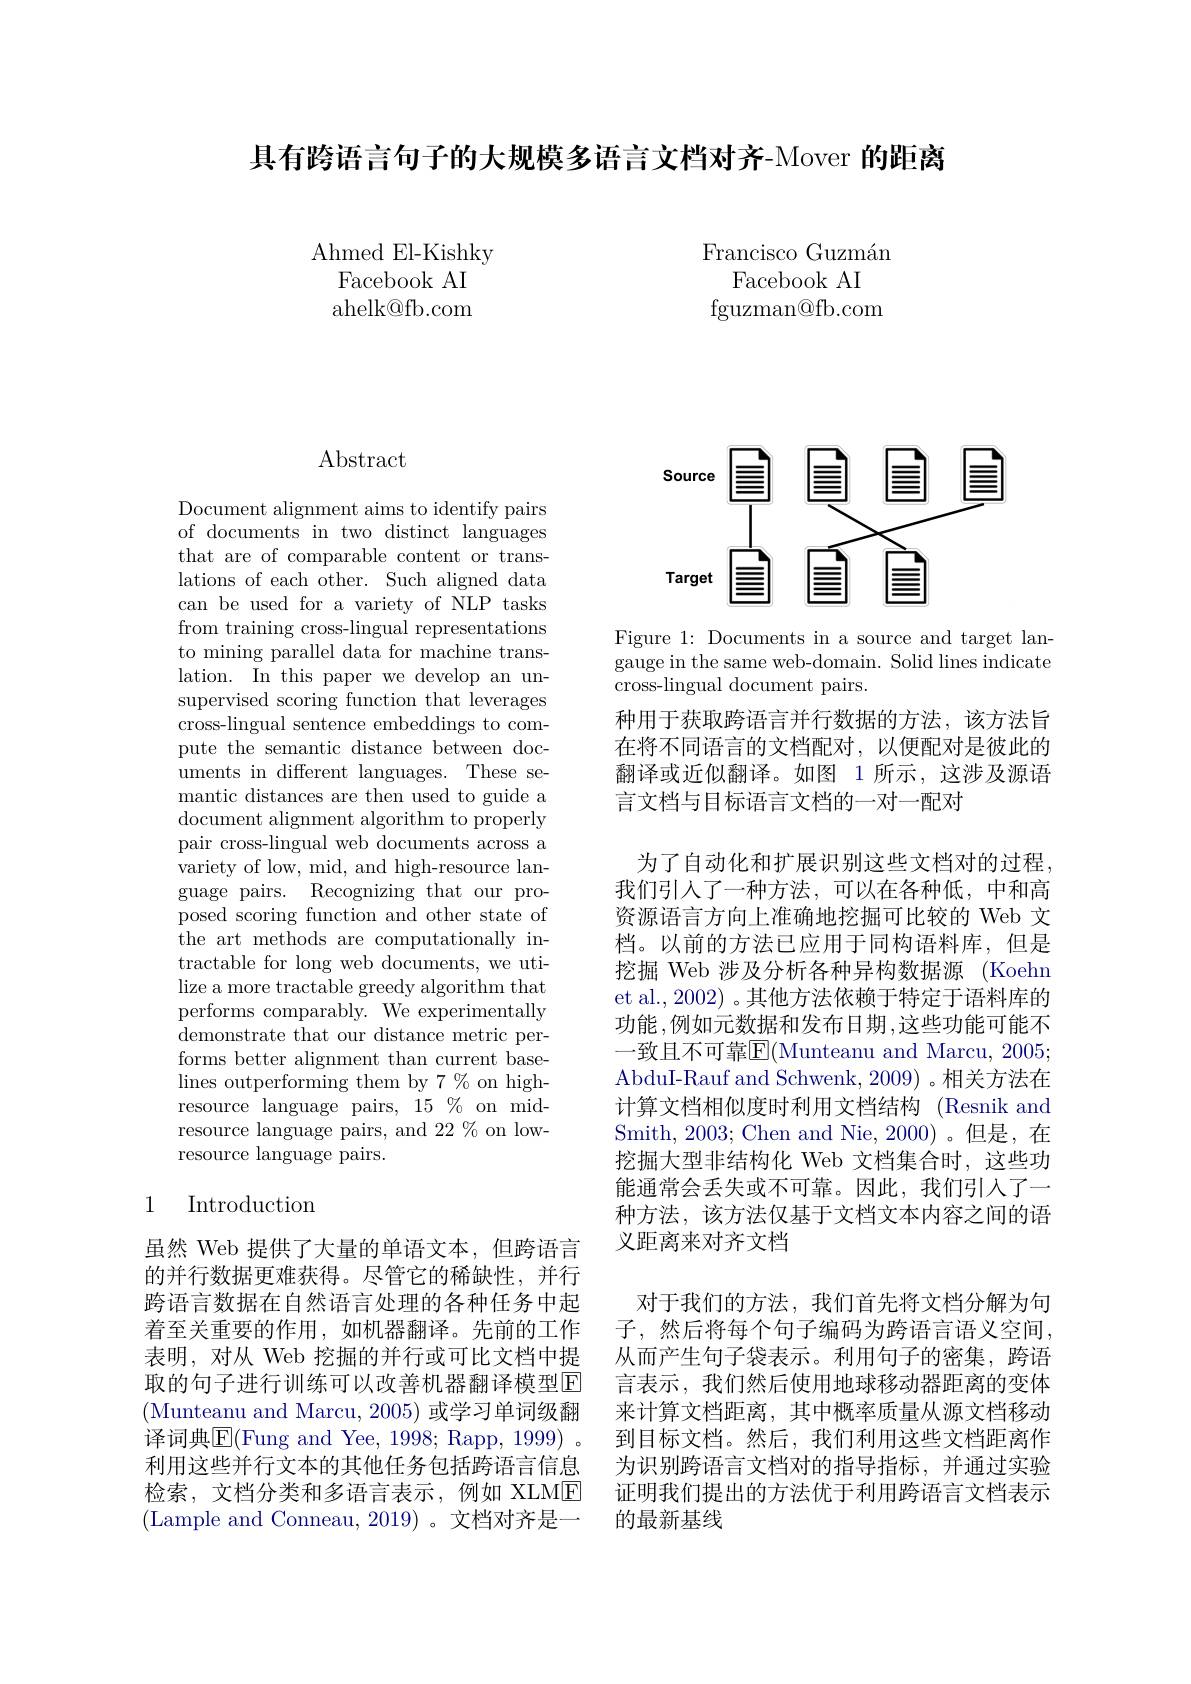
具有跨语言句子的大规模多语言文档对齐-Mover 的距离

Francisco Guzmán
Facebook AI
$\operatorname{fguzman@fb.com}$

Ahmed El-Kishky
Facebook AI ahelk@fb.com

## Abstract

Document alignment aims to identify pairs of documents in two distinct languages that are of comparable content or translations of each other. Such aligned data can be used for a variety of NLP tasks from training cross-lingual representations to mining parallel data for machine translation. In this paper we develop an unsupervised scoring function that leverages cross-lingual sentence embeddings to compute the semantic distance between documents in different languages. These semantic distances are then used to guide a document alignment algorithm to properly pair cross-lingual web documents across a variety of low, mid, and high-resource language pairs. Recognizing that our proposed scoring function and other state of the art methods are computationally intractable for long web documents, we utilize a more tractable greedy algorithm that performs comparably. We experimentally $\bar{\mathrm{demonstrate~that~our~distance~metric~per-}}$ forms better alignment than current baselines outperforming them by $7\%$ on highresource language pairs, $15\%$on midresource language pairs, and 22 % on lowresource language pairs.

## 1 Introduction

虽然 Web 提供了大量的单语文本，但跨语言的并行数据更难获得。尽管它的稀缺性，并行跨语言数据在自然语言处理的各种任务中起着至关重要的作用，如机器翻译。先前的工作表明，对从 Web 挖掘的并行或可比文档中提取的句子进行训练可以改善机器翻译模型$\mathbb{E}$ (Munteanu and Marcu, 2005) 或学习单词级翻译词典$\boxed{\mathrm{E}}($Fung and Yee, 1998; Rapp, 1999) . 利用这些并行文本的其他任务包括跨语言信息检索，文档分类和多语言表示，例如 XLME (Lample and Conneau, 2019)。文档对齐是一

<FigureHere>

Figure 1: Documents in a source and target langauge in the same web-domain. Solid lines indicate cross-lingual document pairs.

种用于获取跨语言并行数据的方法，该方法旨在将不同语言的文档配对，以便配对是彼此的翻译或近似翻译。如图 1 所示，这涉及源语言文档与目标语言文档的一对一配对

为了自动化和扩展识别这些文档对的过程， 我们引人了一种方法，可以在各种低，中和高资源语言方向上准确地挖掘可比较的 Web 文档。以前的方法已应用于同构语料库，但是挖掘 Web 涉及分析各种异构数据源 (Koehn et al., 2002) 。其他方法依赖于特定于语料库的功能，例如元数据和发布日期，这些功能可能不一致且不可靠$\overline{\mathrm{E}}($Munteanu and Marcu, 2005; AbduI-Rauf and Schwenk, 2009) 。相关方法在计算文档相似度时利用文档结构 (Resnik and Smith, 2003; Chen and Nie, 2000)。但是，在挖掘大型非结构化 Web 文档集合时，这些功能通常会丢失或不可靠。因此，我们引入了一种方法，该方法仅基于文档文本内容之间的语义距离来对齐文档
对于我们的方法，我们首先将文档分解为句子，然后将每个句子编码为跨语言语义空间， 从而产生句子袋表示。利用句子的密集，跨语言表示，我们然后使用地球移动器距离的变体来计算文档距离，其中概率质量从源文档移动到目标文档。然后，我们利用这些文档距离作为识别跨语言文档对的指导指标，并通过实验证明我们提出的方法优于利用跨语言文档表示的最新基线